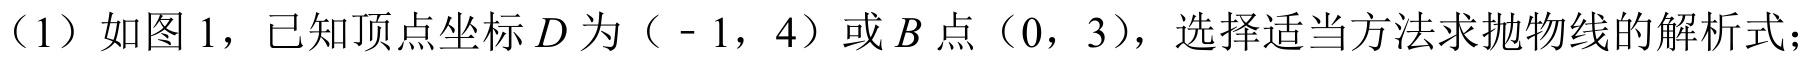
（1）如图 1，已知顶点坐标\(D\)为（ - 1，4）或\(B\)点（0，3），选择适当方法求抛物线的解析式；